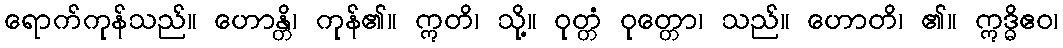
ရောက်ကုန်သည်။ ဟောန္တိ၊ ကုန်၏။ ဣတိ၊ သို့။ ဝုတ္တံ ဝုတ္တော၊ သည်။ ဟောတိ၊ ၏။ ဣဒ္ဓိဧဝ၊